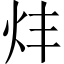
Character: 炐